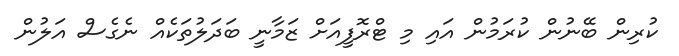
ކުރިން ބޭނުން ކުރަމުން އައި މި ޓްރޮފީއަށް ޒަމާނީ ބަދަލުތަކެއް ނެގެސް އަލުން